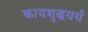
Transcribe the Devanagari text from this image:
कायशुद्धयर्थं